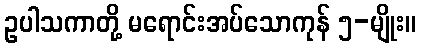
ဥပါသကာတို့ မရောင်းအပ်သောကုန် ၅-မျိုး။